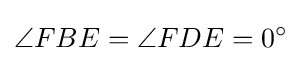
\angle FBE=\angle FDE=0^{\circ }